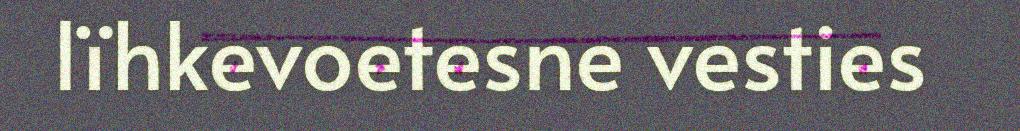
lïhkevoetesne vesties